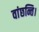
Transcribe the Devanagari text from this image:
वांछन्ति।